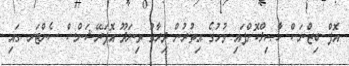
އޮފް ބިޒްނަސް ހާޞިލްކޮށްފައި ވުމުގެ އިތުރުން ދިރާގު ތިނަދޫ އޮޕަރޭޝަންސް ސެންޓަރ ގައި